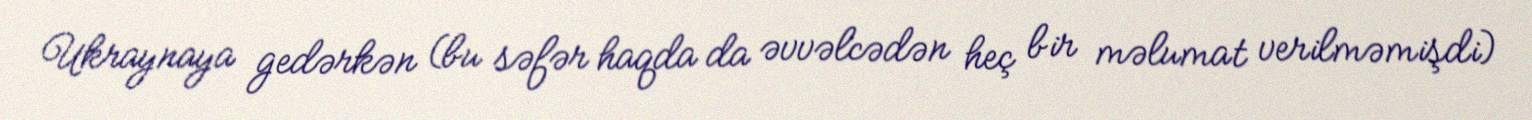
Ukraynaya gedərkən (bu səfər haqda da əvvəlcədən heç bir məlumat verilməmişdi)